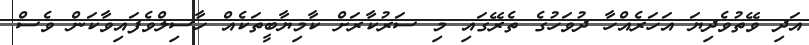
އަދި ވޭތުވެދިޔަ އަހަރެއްހާ ދުވަހުގެ ތެރޭގައި މި ސަރުކާރަށް ކާމިޔާބީތަކެއް ހާސިލްވެފައިވާކަން ވެސް